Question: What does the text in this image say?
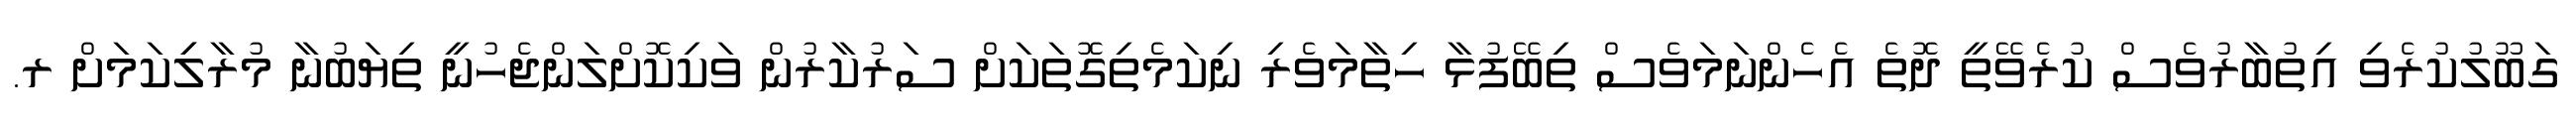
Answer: ގަބޫލުކުރެވި އިތުބާރުވެސް ކުރެވޭތީ ދޮތެ އެހެންނަމަވެސް ތިބޭފުޅާ ހިތާމަވެރި ނިކަމެތިގޮތަކަށް ސަރުކާރުން ވަކިކޮށްލަންޖެހުނީ ތިޔަބުނާ މުރާލިިކަމަށް ރ.